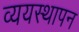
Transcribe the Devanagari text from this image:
व्ययस्थापन